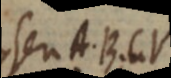
seu A. B. C V